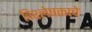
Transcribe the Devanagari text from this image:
विश्लेषकाचे